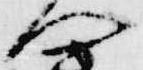
へ